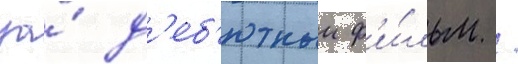
за́ д'еб'ютныи ф'и́льм /